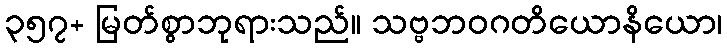
၃၅၇+ မြတ်စွာဘုရားသည်။ သဗ္ဗဘဝဂတိယောနိယော၊